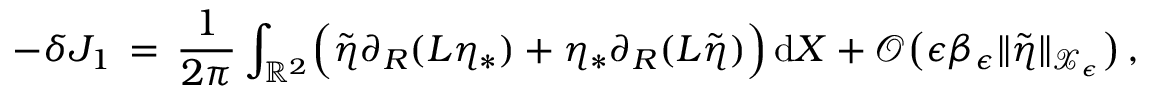
- \delta J _ { 1 } \, = \, \frac { 1 } { 2 \pi } \int _ { \mathbb { R } ^ { 2 } } \Bigl ( \tilde { \eta } \partial _ { R } ( L \eta _ { * } ) + \eta _ { * } \partial _ { R } ( L \tilde { \eta } ) \Bigr ) \, \mathrm { d } X + \mathcal { O } \bigl ( \epsilon \beta _ { \epsilon } \| \tilde { \eta } \| _ { \mathcal { X } _ { \epsilon } } \bigr ) \, ,